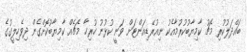
ބައްދަލުކުރި މެޗު ކާމިޔާބުކުރުމާއެކު ނިއުރޭޑިއަންޓަށް ވަނީ ކުޅުނު ހުރިހާ މެޗެއް ކާމިޔާބުކޮށްގެން ދިވެހިލީގުގެ